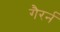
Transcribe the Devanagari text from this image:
गैरर्न